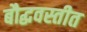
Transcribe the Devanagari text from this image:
बौद्धवस्तीत